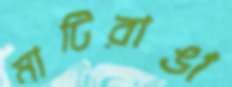
মাটিরাঙা